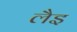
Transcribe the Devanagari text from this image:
लैइ